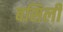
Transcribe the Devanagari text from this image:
बसिली